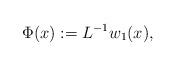
LaTeX: \begin{align*}\Phi(x):=L^{-1}w_1(x),\end{align*}